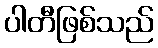
ပါတီဖြစ်သည်